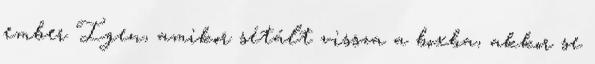
ember Igen, amikor sétált vissza a boxba, akkor se